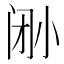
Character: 𫴼